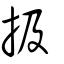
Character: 扱